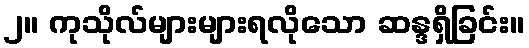
၂။ ကုသိုလ်များများရလိုသော ဆန္ဒရှိခြင်း။